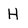
Character: H